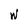
Character: W